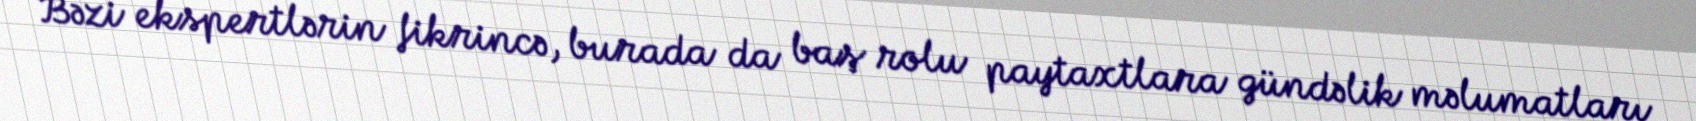
Bəzi ekspertlərin fikrincə, burada da baş rolu paytaxtlara gündəlik məlumatları